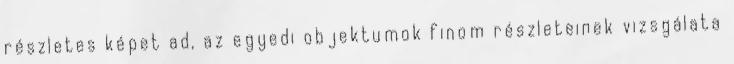
részletes képet ad, az egyedi objektumok finom részleteinek vizsgálata